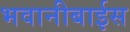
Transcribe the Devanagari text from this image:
भवानीबाईस